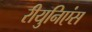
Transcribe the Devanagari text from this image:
रीयुनिएंस